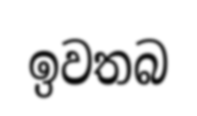
ඉවතබ